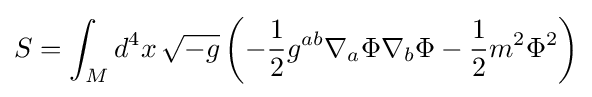
S=\int _{M}d^{4}x\,{\sqrt {-g}}\left(-{\frac {1}{2}}g^{ab}\nabla _{a}\Phi \nabla _{b}\Phi -{\frac {1}{2}}m^{2}\Phi ^{2}\right)